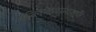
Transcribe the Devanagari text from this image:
पब्लिकेशनातर्फे